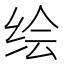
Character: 绘